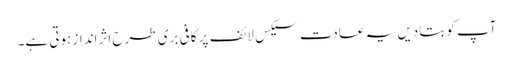
آپ کو بتادیں یہ عادت سیکس لائف پر کافی بری طرح اثرانداز ہوتی ہے۔